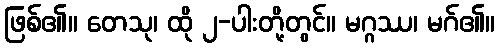
ဖြစ်၏။ တေသု၊ ထို ၂-ပါးတို့တွင်။ မဂ္ဂဿ၊ မဂ်၏။